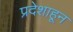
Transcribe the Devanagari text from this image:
प्रदेशाहून